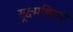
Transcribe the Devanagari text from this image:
सूक्ष्मशिराएँ